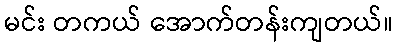
မင်း တကယ် အောက်တန်းကျတယ်။